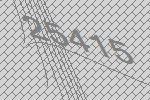
25415